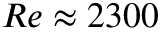
R e \approx 2 3 0 0